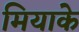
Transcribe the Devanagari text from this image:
मियाके